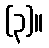
(၃)။